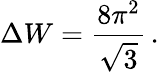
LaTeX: \Delta W=\frac{8\pi^{2}}{\sqrt{3}}\, .